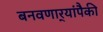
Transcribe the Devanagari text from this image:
बनवणार्‍यांपैकी